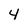
Character: 4